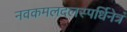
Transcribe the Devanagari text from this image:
नवकमलदलस्पर्धिनेत्रं